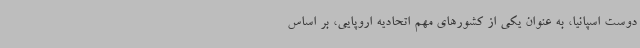
دوست اسپانیا، به عنوان یکی از کشورهای مهم اتحادیه اروپایی، بر اساس